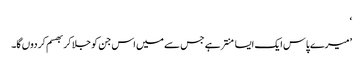
‘
’میرے پاس ایک ایسا منتر ہے جس سے میں اس جن کو جلا کر بھسم کر دوں گا۔